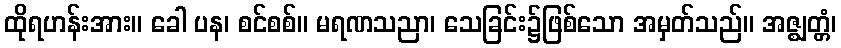
ထိုရဟန်းအား။ ခေါ ပန၊ စင်စစ်။ မရဏသညာ၊ သေခြင်း၌ဖြစ်သော အမှတ်သည်။ အဇ္ဈတ္တံ၊